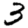
Digit: 3